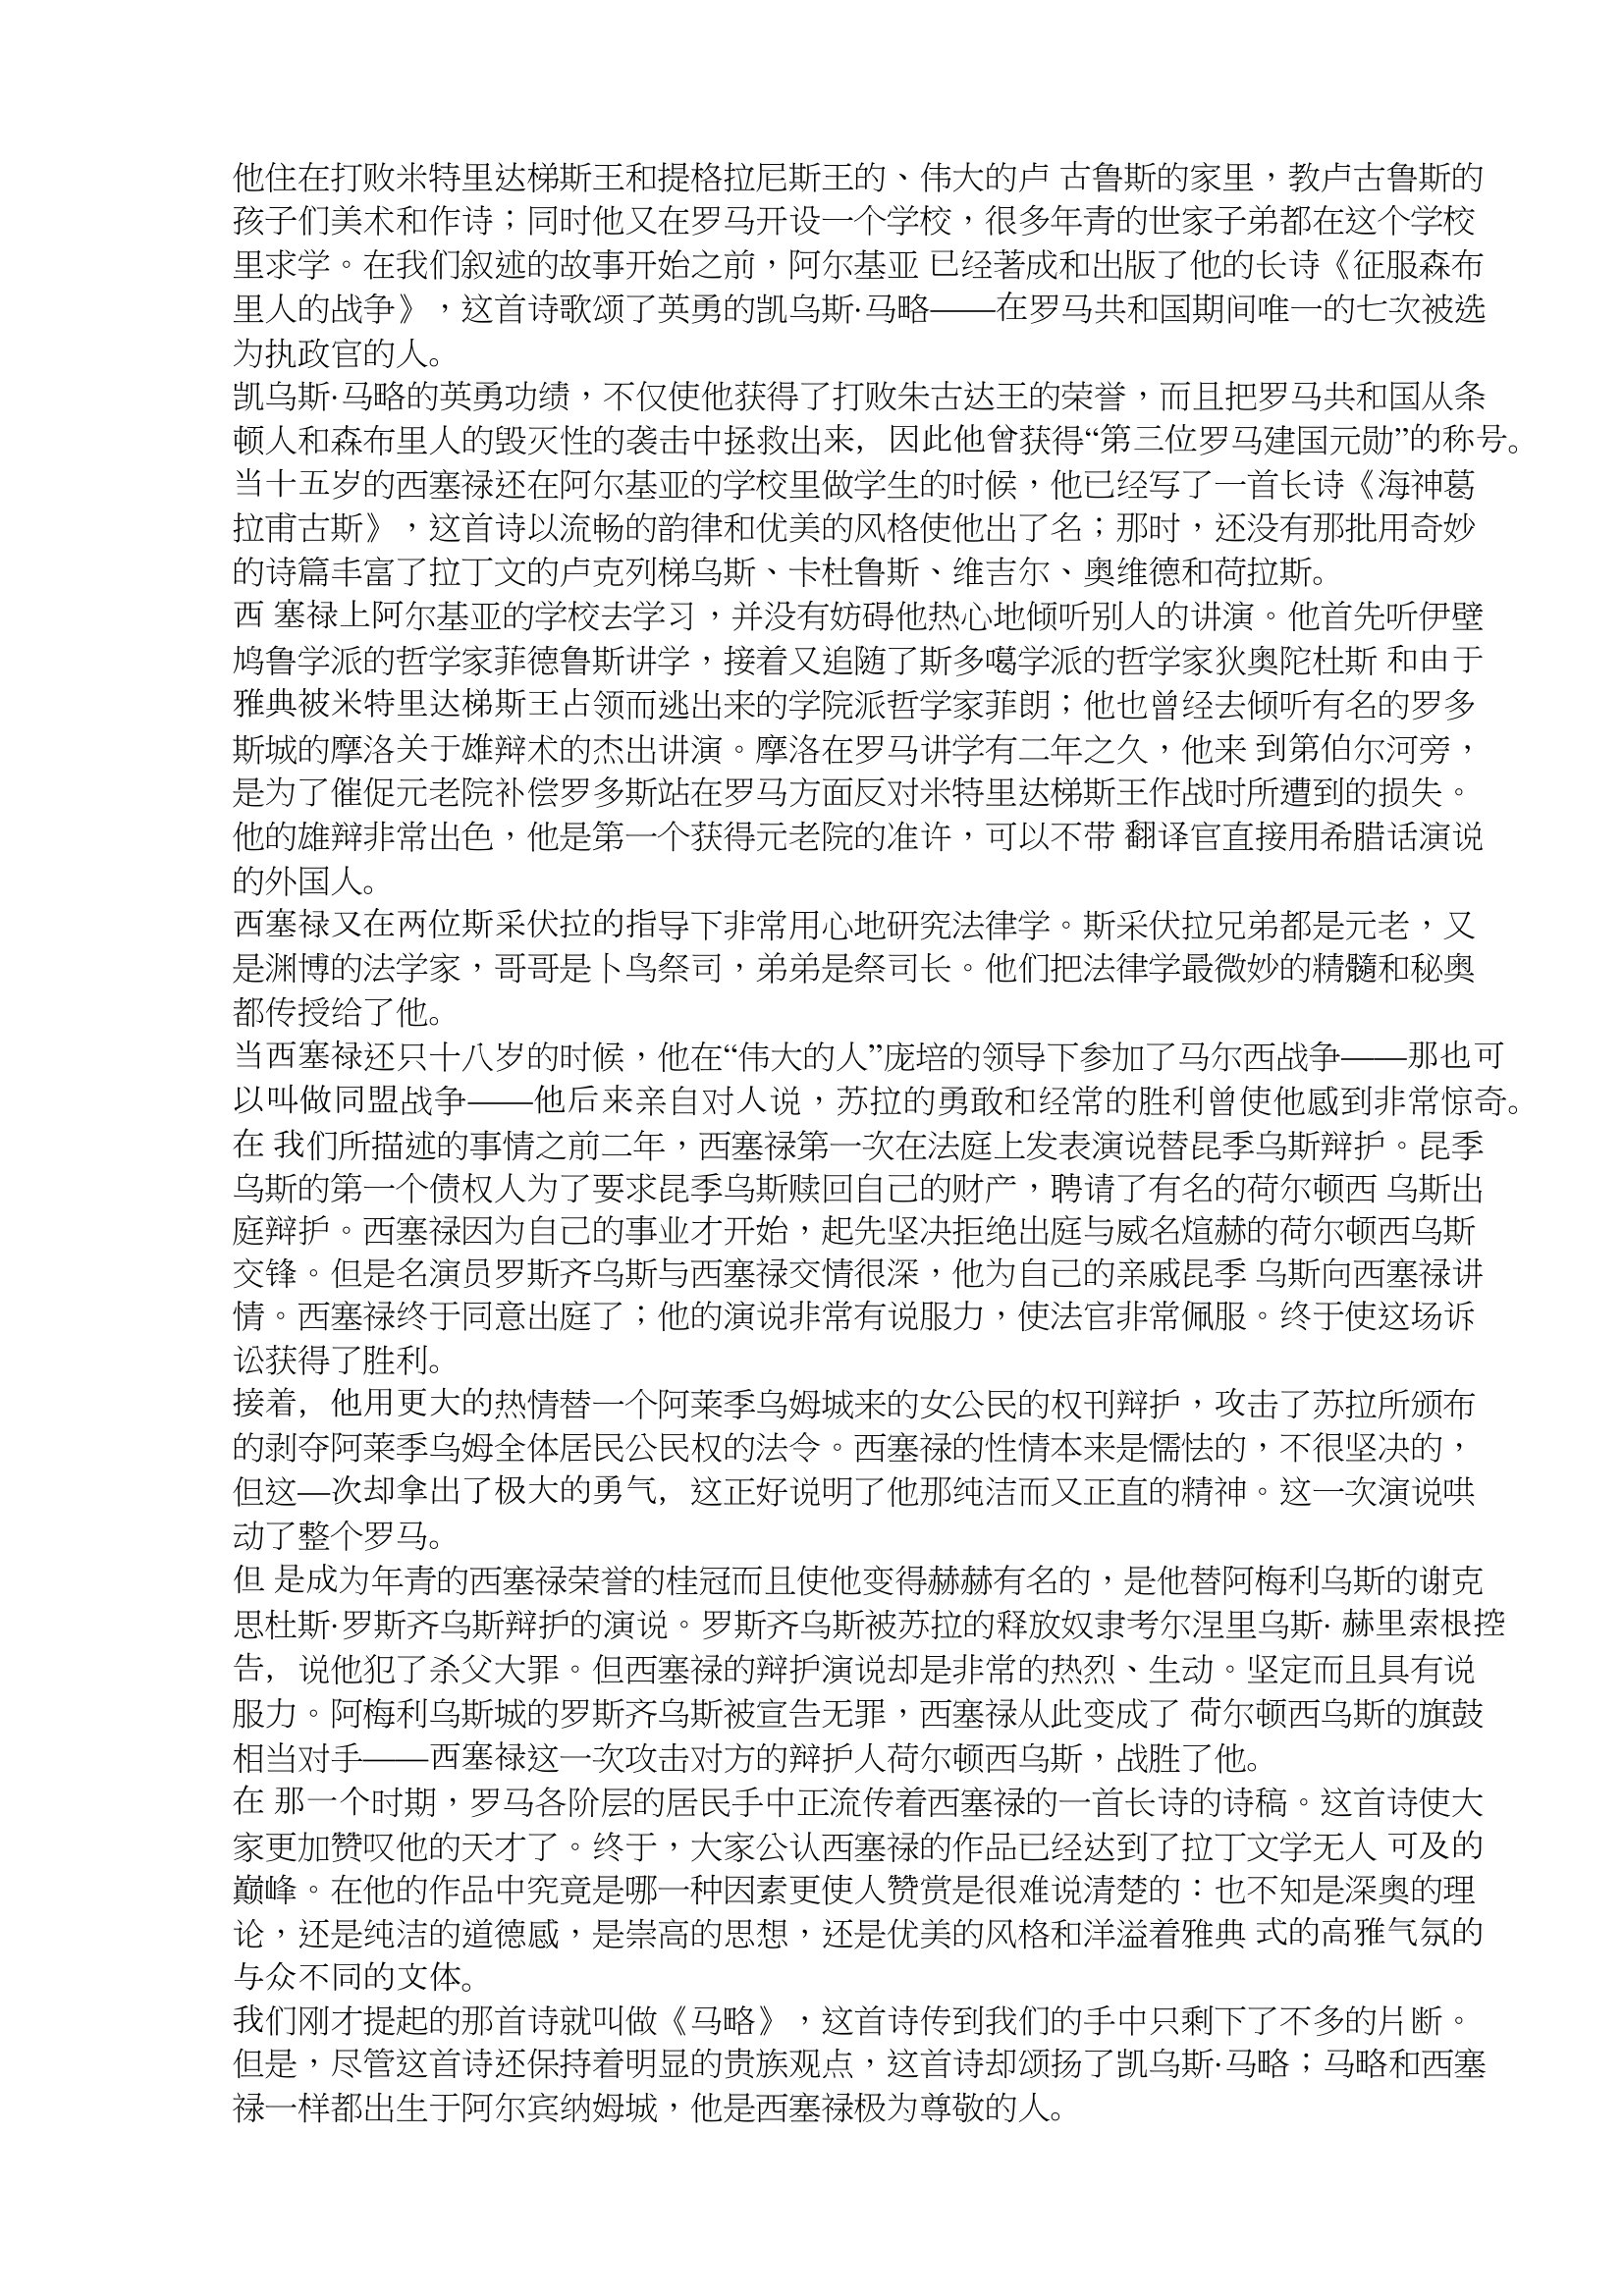
Language: zh